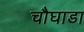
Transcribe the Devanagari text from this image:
चौघाडा